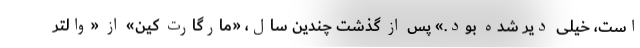
است، خیلی دیر شده بود.» پس از گذشت چندین سال، «مارگارت کین» از «والتر